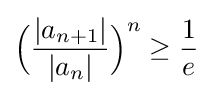
{\Big (}{\frac {|a_{n+1}|}{|a_{n}|}}{\Big )}^{n}\geq {\frac {1}{e}}